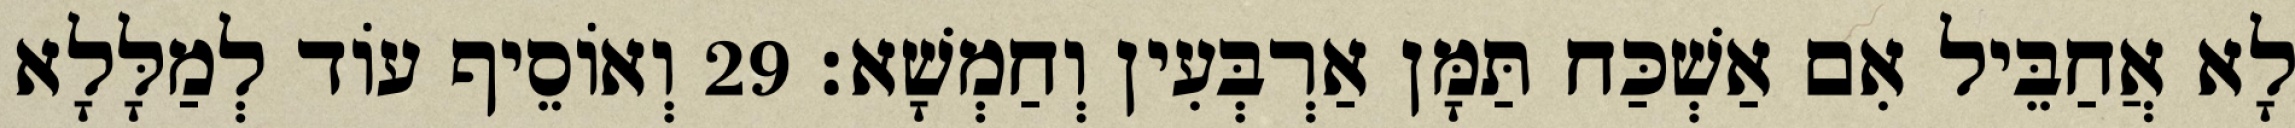
לָא אֲחַבֵּיל אִם אַשְׁכַּח תַּמָּן אַרְבְּעִין וְחַמְשָׁא׃ 29 וְאוֹסֵיף עוֹד לְמַלָּלָא